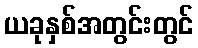
ယခုနှစ်အတွင်းတွင်